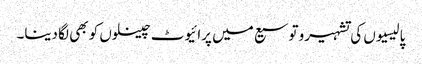
پالیسیوں کی تشہیرو توسیع میں پرائیوٹ چینلوں کو بھی لگا دینا۔